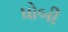
ધોબી